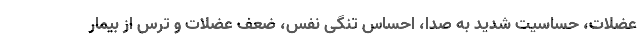
عضلات، حساسیت شدید به صدا، احساس تنگی نفس، ضعف عضلات و ترس از بیمار